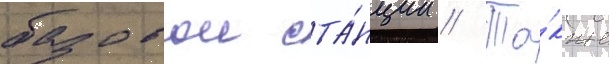
базовои ста́нции // Та́кже